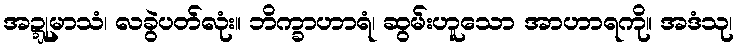
အဍ္ဍုမာသံ၊ လခွဲပတ်လုံး။ ဘိက္ခာဟာရံ၊ ဆွမ်းဟူသော အာဟာရကို။ အဒံသု၊